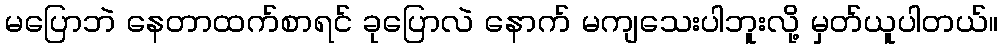
မပြောဘဲ နေတာထက်စာရင် ခုပြောလဲ နောက် မကျသေးပါဘူးလို့ မှတ်ယူပါတယ်။